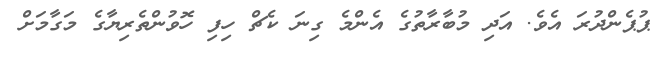
ޕުޕެންދުރަ އެވެ. އަދި މުބާރާތުގެ އެންމެ ގިނަ ކެޗް ހިފި ހޮވުންތެރިޔާގެ މަގާމަށް